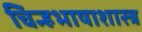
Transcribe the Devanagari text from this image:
चिन्हभाषाशास्त्र